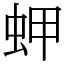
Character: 䖬